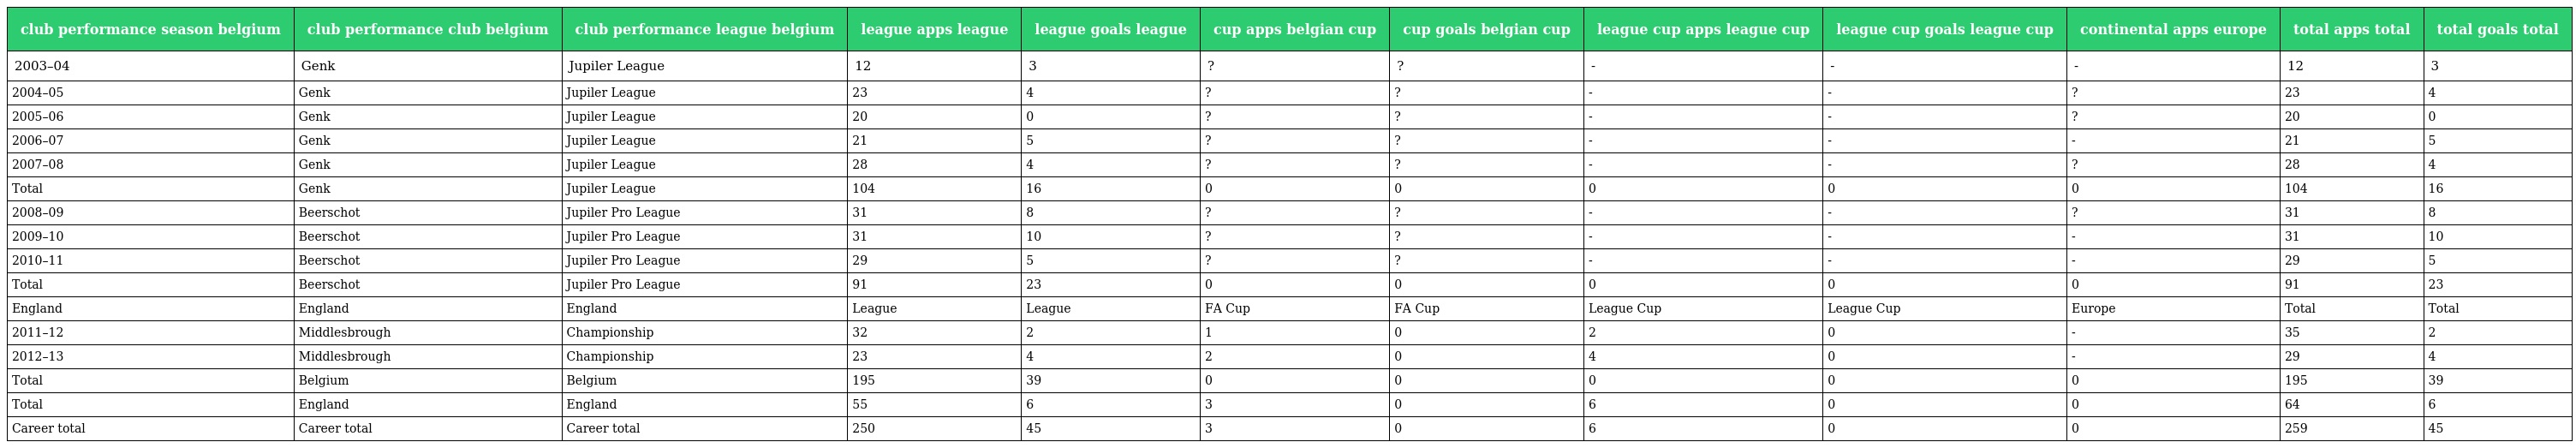
| club performance season belgium | club performance club belgium | club performance league belgium | league apps league | league goals league | cup apps belgian cup | cup goals belgian cup | league cup apps league cup | league cup goals league cup | continental apps europe | total apps total | total goals total |
 | --- | --- | --- | --- | --- | --- | --- | --- | --- | --- | --- | --- |
 | 2003–04 | Genk | Jupiler League | 12 | 3 | ? | ? | - | - | - | 12 | 3 |
 | 2004–05 | Genk | Jupiler League | 23 | 4 | ? | ? | - | - | ? | 23 | 4 |
 | 2005–06 | Genk | Jupiler League | 20 | 0 | ? | ? | - | - | ? | 20 | 0 |
 | 2006–07 | Genk | Jupiler League | 21 | 5 | ? | ? | - | - | - | 21 | 5 |
 | 2007–08 | Genk | Jupiler League | 28 | 4 | ? | ? | - | - | ? | 28 | 4 |
 | Total | Genk | Jupiler League | 104 | 16 | 0 | 0 | 0 | 0 | 0 | 104 | 16 |
 | 2008–09 | Beerschot | Jupiler Pro League | 31 | 8 | ? | ? | - | - | ? | 31 | 8 |
 | 2009–10 | Beerschot | Jupiler Pro League | 31 | 10 | ? | ? | - | - | - | 31 | 10 |
 | 2010–11 | Beerschot | Jupiler Pro League | 29 | 5 | ? | ? | - | - | - | 29 | 5 |
 | Total | Beerschot | Jupiler Pro League | 91 | 23 | 0 | 0 | 0 | 0 | 0 | 91 | 23 |
 | England | England | England | League | League | FA Cup | FA Cup | League Cup | League Cup | Europe | Total | Total |
 | 2011–12 | Middlesbrough | Championship | 32 | 2 | 1 | 0 | 2 | 0 | - | 35 | 2 |
 | 2012–13 | Middlesbrough | Championship | 23 | 4 | 2 | 0 | 4 | 0 | - | 29 | 4 |
 | Total | Belgium | Belgium | 195 | 39 | 0 | 0 | 0 | 0 | 0 | 195 | 39 |
 | Total | England | England | 55 | 6 | 3 | 0 | 6 | 0 | 0 | 64 | 6 |
 | Career total | Career total | Career total | 250 | 45 | 3 | 0 | 6 | 0 | 0 | 259 | 45 |